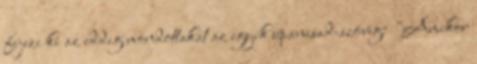
fejezi ki az eddig mondottakat az egyik upanisad-szöveg: "Amikor